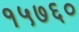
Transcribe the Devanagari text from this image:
१५७६०